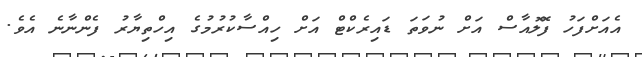
އެއަށްފަހު ފޮލޮއާސް އަށް ނުވަތަ ޑައިރެކްޓް އަށް ހިއްސާކުރުމުގެ އިހްތިޔާރު ފެންނާނެ އެވެ.